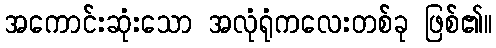
အကောင်းဆုံးသော အလုံရုံကလေးတစ်ခု ဖြစ်၏။